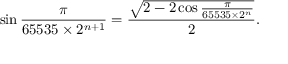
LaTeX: \sin { \frac { \pi } { 6 5 5 3 5 \times 2 ^ { n + 1 } } } = { \frac { \sqrt { 2 - 2 \cos { \frac { \pi } { 6 5 5 3 5 \times 2 ^ { n } } } } } { 2 } } .